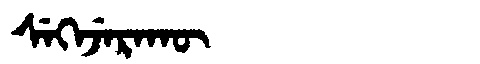
Manchu: ᠰᡝᡴᡝᠵᡝᡵᠠᡴᡡ
Romanization: SEKEJERAKŪ